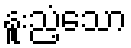
နူးညံ့သော